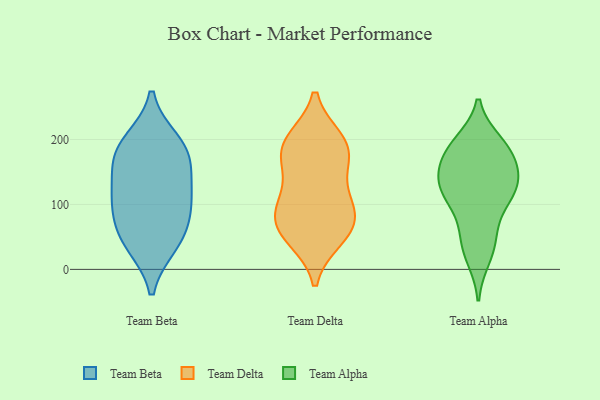
{"axis": {"x": "Temperature (°C)", "y": "Value"}, "legend": ["Team Alpha", "Team Beta", "Team Delta"], "data": [{"x": "", "y": 115, "type": "Team Beta"}, {"x": "", "y": 187, "type": "Team Beta"}, {"x": "", "y": 196, "type": "Team Beta"}, {"x": "", "y": 101, "type": "Team Beta"}, {"x": "", "y": 160, "type": "Team Beta"}, {"x": "", "y": 112, "type": "Team Beta"}, {"x": "", "y": 174, "type": "Team Beta"}, {"x": "", "y": 39, "type": "Team Beta"}, {"x": "", "y": 66, "type": "Team Beta"}, {"x": "", "y": 44, "type": "Team Beta"}, {"x": "", "y": 187, "type": "Team Delta"}, {"x": "", "y": 168, "type": "Team Delta"}, {"x": "", "y": 106, "type": "Team Delta"}, {"x": "", "y": 136, "type": "Team Delta"}, {"x": "", "y": 55, "type": "Team Delta"}, {"x": "", "y": 199, "type": "Team Delta"}, {"x": "", "y": 180, "type": "Team Delta"}, {"x": "", "y": 95, "type": "Team Delta"}, {"x": "", "y": 81, "type": "Team Delta"}, {"x": "", "y": 199, "type": "Team Delta"}, {"x": "", "y": 57, "type": "Team Delta"}, {"x": "", "y": 48, "type": "Team Delta"}, {"x": "", "y": 83, "type": "Team Delta"}, {"x": "", "y": 125, "type": "Team Alpha"}, {"x": "", "y": 112, "type": "Team Alpha"}, {"x": "", "y": 40, "type": "Team Alpha"}, {"x": "", "y": 96, "type": "Team Alpha"}, {"x": "", "y": 164, "type": "Team Alpha"}, {"x": "", "y": 193, "type": "Team Alpha"}, {"x": "", "y": 56, "type": "Team Alpha"}, {"x": "", "y": 196, "type": "Team Alpha"}, {"x": "", "y": 184, "type": "Team Alpha"}, {"x": "", "y": 167, "type": "Team Alpha"}, {"x": "", "y": 136, "type": "Team Alpha"}, {"x": "", "y": 18, "type": "Team Alpha"}, {"x": "", "y": 139, "type": "Team Alpha"}, {"x": "", "y": 123, "type": "Team Alpha"}]}